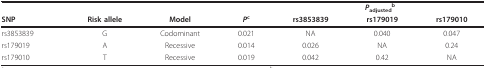
|  |  |  |  | <COLSPAN=3> Padjustedb |
 | SNP | Risk allele | Model | Pc | rs3853839 | rs179019 | rs179010 |
 | --- | --- | --- | --- | --- | --- | --- |
 | rs3853839 | G | Codominant | 0.021 | NA | 0.040 | 0.047 |
 | rs179019 | A | Recessive | 0.014 | 0.026 | NA | 0.24 |
 | rs179010 | T | Recessive | 0.019 | 0.042 | 0.42 | NA |